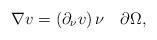
LaTeX: \begin{align*} \nabla v=(\partial_\nu v)\,\nu\quad\partial \Omega,\end{align*}